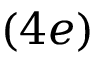
( 4 e )